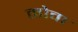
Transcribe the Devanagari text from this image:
मोवा